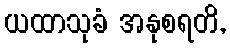
ယထာသုခံ အနုစရတိ,